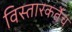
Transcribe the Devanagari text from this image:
विस्तारकर्तेच